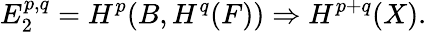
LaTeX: E_{2}^{p,q}=H^{p}(B,H^{q}(F))\Rightarrow H^{p+q}(X).